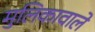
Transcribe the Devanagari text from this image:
मुलिकावाले